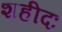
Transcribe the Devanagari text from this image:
शहीदः